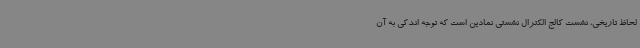
لحاظ تاریخی، نشست کالج الکترال نشستی نمادین است که توجه اندکی به آن